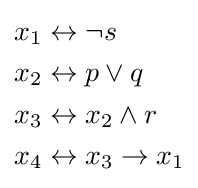
{\begin{aligned}x_{1}&\leftrightarrow \neg s\\x_{2}&\leftrightarrow p\lor q\\x_{3}&\leftrightarrow x_{2}\land r\\x_{4}&\leftrightarrow x_{3}\to x_{1}\end{aligned}}